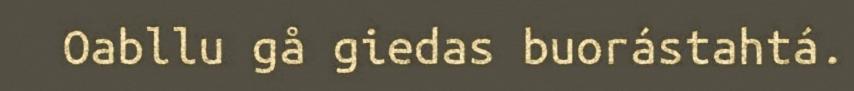
Oabllu gå giedas buorástahtá.